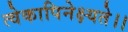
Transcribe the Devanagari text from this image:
त्वेकापिनेक्ष्यते।।